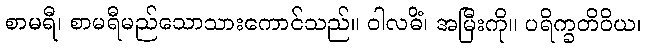
စာမရီ၊ စာမရီမည်သောသားကောင်သည်။ ဝါလဓိံ၊ အမြီးကို။ ပရိက္ခတိဝိယ၊